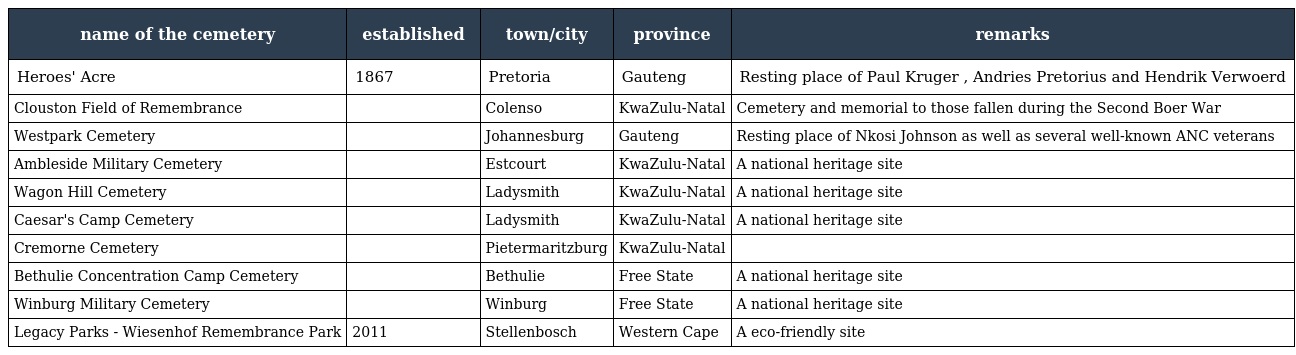
| name of the cemetery | established | town/city | province | remarks |
 | --- | --- | --- | --- | --- |
 | Heroes' Acre | 1867 | Pretoria | Gauteng | Resting place of Paul Kruger , Andries Pretorius and Hendrik Verwoerd |
 | Clouston Field of Remembrance |  | Colenso | KwaZulu-Natal | Cemetery and memorial to those fallen during the Second Boer War |
 | Westpark Cemetery |  | Johannesburg | Gauteng | Resting place of Nkosi Johnson as well as several well-known ANC veterans |
 | Ambleside Military Cemetery |  | Estcourt | KwaZulu-Natal | A national heritage site |
 | Wagon Hill Cemetery |  | Ladysmith | KwaZulu-Natal | A national heritage site |
 | Caesar's Camp Cemetery |  | Ladysmith | KwaZulu-Natal | A national heritage site |
 | Cremorne Cemetery |  | Pietermaritzburg | KwaZulu-Natal |  |
 | Bethulie Concentration Camp Cemetery |  | Bethulie | Free State | A national heritage site |
 | Winburg Military Cemetery |  | Winburg | Free State | A national heritage site |
 | Legacy Parks - Wiesenhof Remembrance Park | 2011 | Stellenbosch | Western Cape | A eco-friendly site |